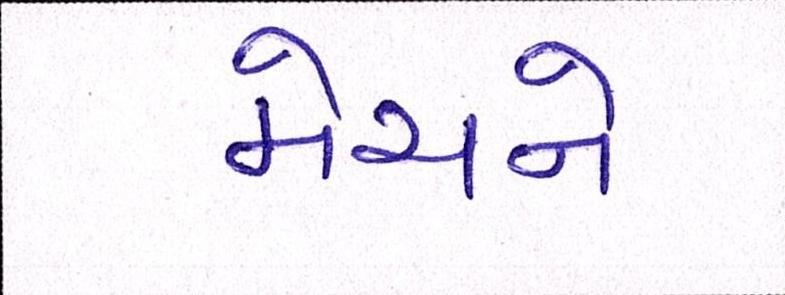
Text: મેચને